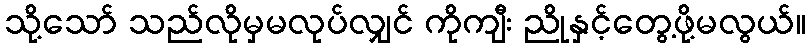
သို့သော် သည်လိုမှမလုပ်လျှင် ကိုကျီး ညိုနှင့်တွေ့ဖို့မလွယ်။